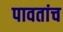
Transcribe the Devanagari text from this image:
पावतांच